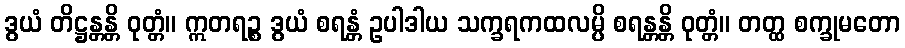
ဒွယံ တိဋ္ဌန္တန္တိ ဝုတ္တံ။ ဣတရဉ္စ ဒွယံ စရန္တံ ဥပါဒါယ သက္ခရကထလမ္ပိ စရန္တန္တိ ဝုတ္တံ။ တတ္ထ စက္ခုမတော